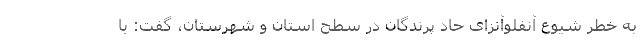
به خطر شیوع آنفلوآنزای حاد پرندگان در سطح استان و شهرستان، گفت: با